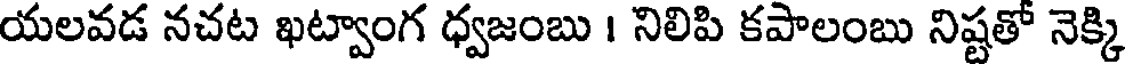
యలవడ నచట ఖట్వాంగ ధ్వజంబు । నిలిపి కపాలంబు నిష్టతో నెక్కి